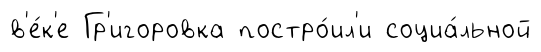
в'е́к'е Гр'игоровка постро́ил'и социа́льной